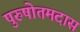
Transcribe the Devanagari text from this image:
पुरुषोतमदास